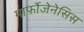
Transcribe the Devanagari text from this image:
मार्फोजेनेसिस